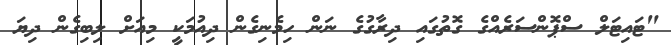
"ޓައިޓަލް ސްޕޮންސަރެއްގެ ގޮތުގައި ދިރާގުގެ ނަން ހިމެނިގެން ދިއުމަކީ މިއަށް ލިބިގެން ދިޔަ